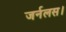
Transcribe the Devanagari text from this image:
जर्नलस।